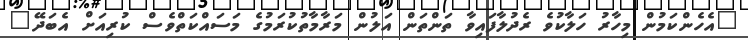
"އެހެންކަމުން މިހާރު ހަލާކުވެ ރެދުލާފައިވާ ތަންތަން އަލުން މަރާމާތުކުރަމުގެ މަސައްކަތްވެސް ކުރިއަށް އެބަދޭ"